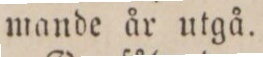
mande år utgå.